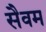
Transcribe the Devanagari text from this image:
सैवम